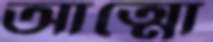
আত্মো